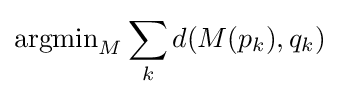
\operatorname {argmin} _{M}\sum _{k}d(M(p_{k}),q_{k})